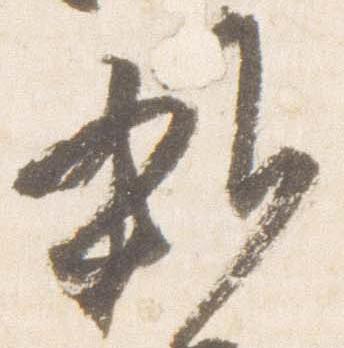
雑